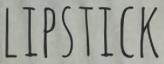
LIPSTICK